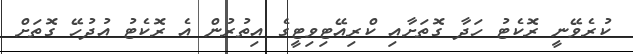
ކުރެވޭނީ ރޮކެޓު ހަދާ ގޮތަށާއި ކްރިއޭޓިވިޓީގެ އިތުރުން އެ ރޮކެޓު އުދުހޭ ގޮތަށް